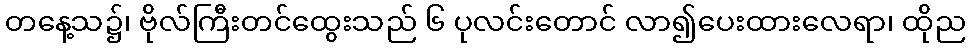
တနေ့သ၌၊ ဗိုလ်ကြီးတင်ထွေးသည် ၆ ပုလင်းတောင် လာ၍ပေးထားလေရာ၊ ထိုည